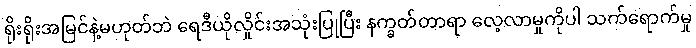
ရိုးရိုးအမြင်နဲ့မဟုတ်ဘဲ ရေဒီယိုလှိုင်းအသုံးပြုပြီး နက္ခတ်တာရာ လေ့လာမှုကိုပါ သက်ရောက်မှု